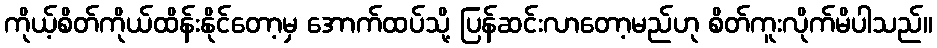
ကိုယ့်စိတ်ကိုယ်ထိန်းနိုင်တော့မှ အောက်ထပ်သို့ ပြန်ဆင်းလာတော့မည်ဟု စိတ်ကူးလိုက်မိပါသည်။